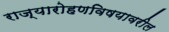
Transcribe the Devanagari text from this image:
राज्यारोहणविषयावरील